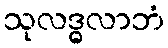
သုလဒ္ဓလာဘံ